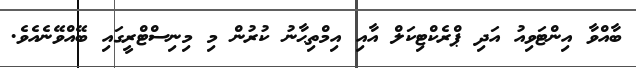
ބާއްވާ އިންޓަވިއު އަދި ޕްރެކްޓިކަލް އާއި އިމްތިޙާނު ކުރުން މި މިނިސްޓްރީގައި ބޭއްވޭނެއެވެ.